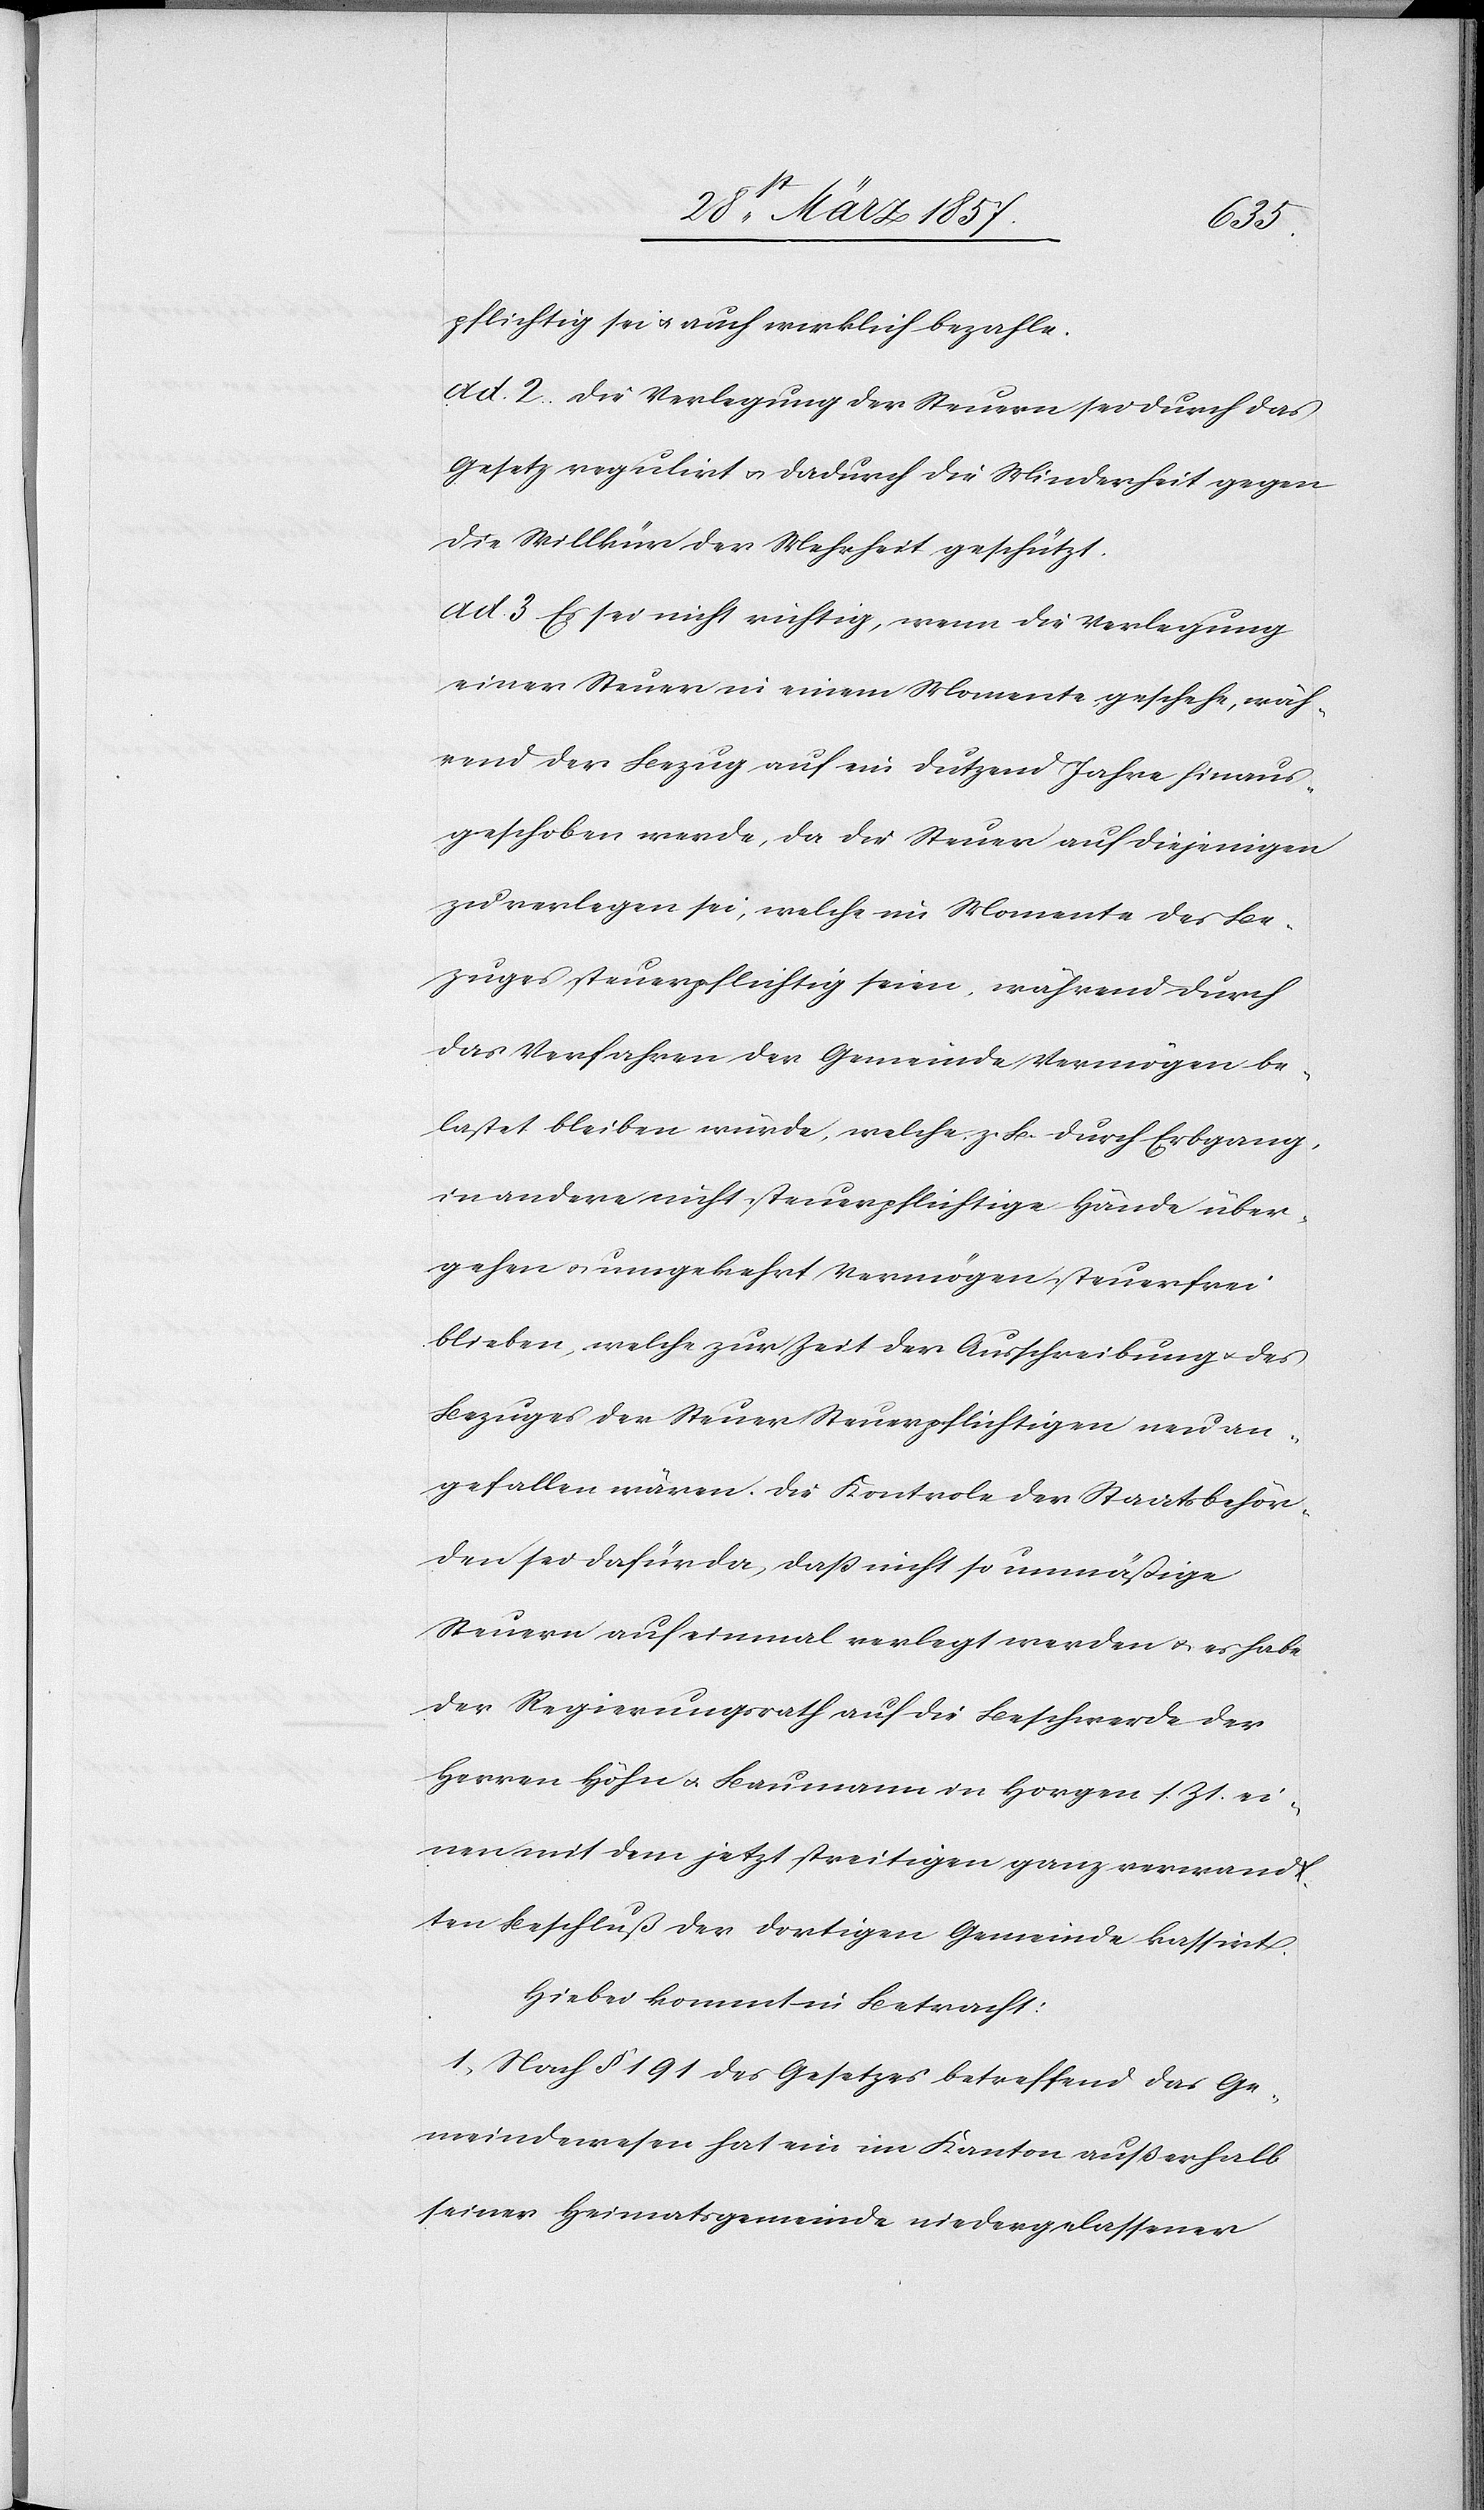
pflichtig sei u. auch wirklich bezahle.
ad. 2. Die Verlegung der Steuern sei durch das
Gesetz regulirt u. dadurch die Minderheit gegen
die Willkür der Mehrheit geschützt.
ad 3 Es sei nicht richtig, wenn die Verlegung
einer Steuer in einem Momente geschehe, wäh¬
rend der Bezug auf ein Dutzend Jahre hinaus¬
geschoben werde, da die Steuer auf diejenigen
zu verlegen sei, welche im Momente des Be¬
zuges steuerpflichtig seien, während durch
das Verfahren der Gemeinde Vermögen be¬
lastet bleiben würde, welche z. B. durch Erbgang,
in andere nicht steuerpflichtige Hände über¬
gehen u. umgekehrt Vermögen steuerfrei
blieben, welche zur Zeit der Ausschreibung u. des
Bezuges der Steuer Steuerpflichtigen neu an¬
gefallen wären. Die Kontrole der Staatsbehör¬
den sei dafür da, daß nicht so unmäßige
Steuern auf einmal verlegt werden u. es habe
der Regierungsrath auf die Beschwerde der
Herren Höhn u. Baumann in Horgen s. Zt. ei¬
nen mit dem jetzt streitigen ganz verwandt¬
en Beschluß der dortigen Gemeinde kassirt.
Hiebei kommt in Betracht:
1. Nach § 191 des Gesetzes betreffend das Ge¬
meindewesen hat ein im Kanton außerhalb
seiner Heimatsgemeinde niedergelassener